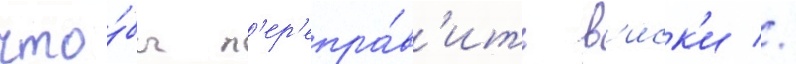
что́бы п'ер'епра́в'ить в'иск'и //